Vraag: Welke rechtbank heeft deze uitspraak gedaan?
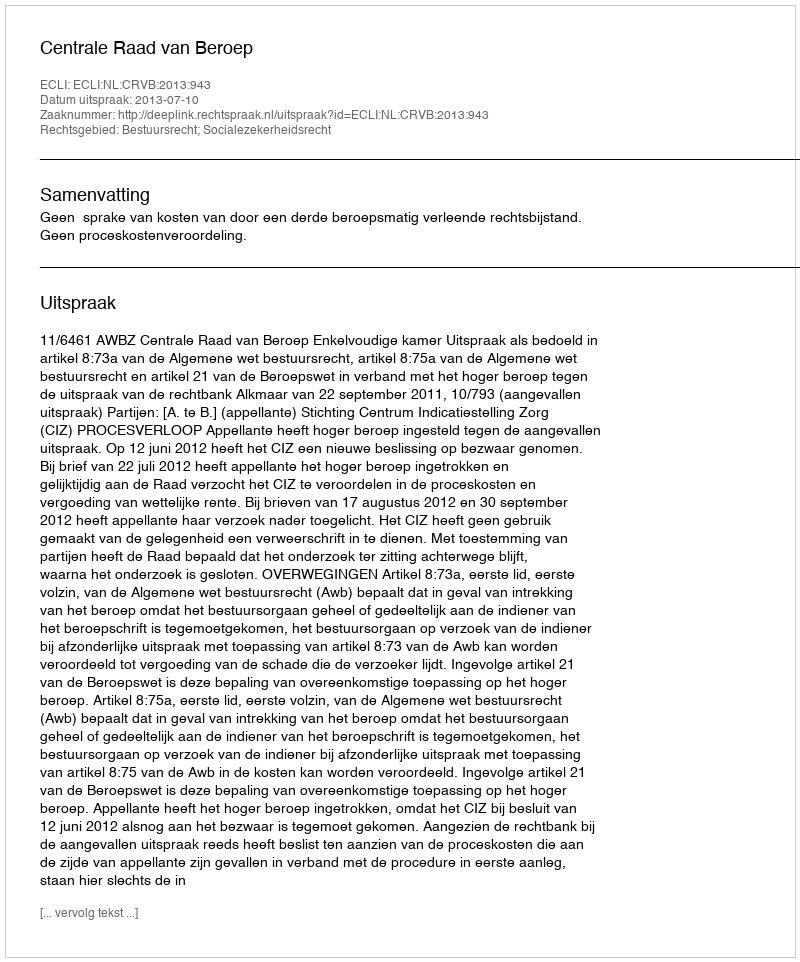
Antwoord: Centrale Raad van Beroep